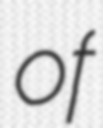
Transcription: of